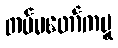
တပ်မတော်ကမူ